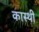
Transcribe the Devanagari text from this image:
कास्थी